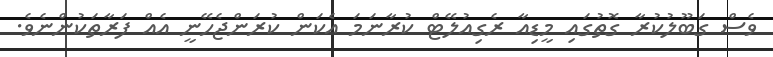
ވެސް ގަބޫލުކުރާ ގޮތުގައި މީޑިއާ ރެގިއުލޭޓް ކުރާނަމަ އެކަން ކުރަންޖެހޭނީ އެއް ފަރާތަކުންނެވެ.